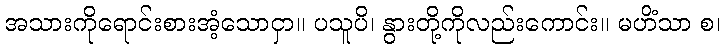
အသားကိုရောင်းစားအံ့သောငှာ။ ပသူပိ၊ နွားတို့ကိုလည်းကောင်း။ မဟိံသာ စ၊